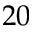
2 0